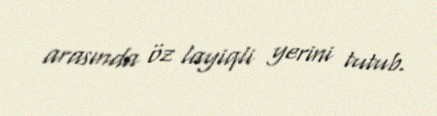
arasında öz layiqli yerini tutub.